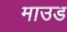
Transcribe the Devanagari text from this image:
माउड